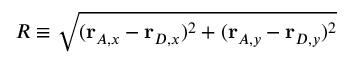
R \equiv \sqrt { ( \mathbf { r } _ { A , x } - \mathbf { r } _ { D , x } ) ^ { 2 } + ( \mathbf { r } _ { A , y } - \mathbf { r } _ { D , y } ) ^ { 2 } }